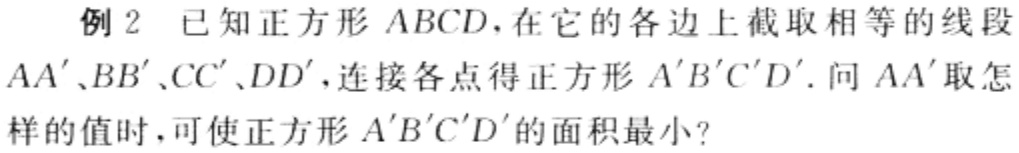
例2 已知正方形 \(ABCD\)，在它的各边上截取相等的线段 \(AA'\)、\(BB'\)、\(CC'\)、\(DD'\)，连接各点得正方形 \(A'B'C'D'\)。问 \(AA'\) 取怎样的值时，可使正方形 \(A'B'C'D'\) 的面积最小？